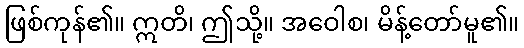
ဖြစ်ကုန်၏။ ဣတိ၊ ဤသို့။ အဝေါစ၊ မိန့်တော်မူ၏။